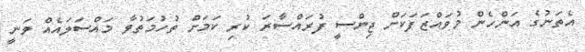
އެތަނުގެ އަންހެން މުވައްޒަފަަކަށް ޖިންސީ ފުރައްސާރަ ކުރި ކަމަށް ތުހުމަތުވާ މައްސަލައެއް ވަނީ